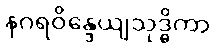
နဂရဝိန္ဒေယျသုဒ္ဓိကာ